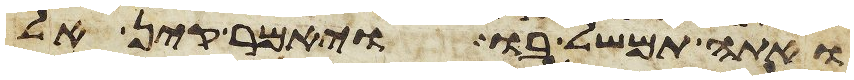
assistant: ואתה תמשל בו ויאמר קין אל